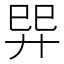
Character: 𢌴